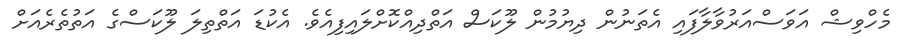
މެހްވިޝް އަވަސްއަރުވާލާފައި އެތަނުން ދިޔުމުން ލޫކަސް އަތްދިއްކޮށްލައިފިއެވެ. އެކުޑަ އަތްތިލަ ލޫކަސްގެ އަތުތެރެއަށް